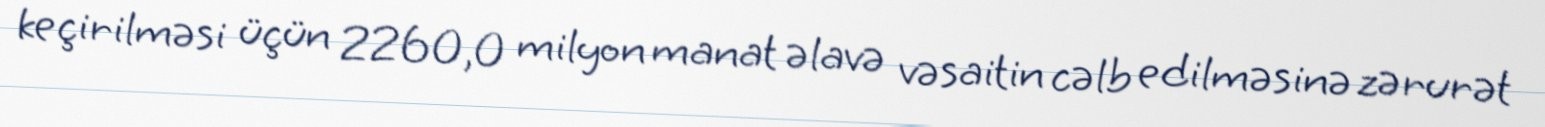
keçirilməsi üçün 2260,0 milyon manat əlavə vəsaitin cəlb edilməsinə zərurət